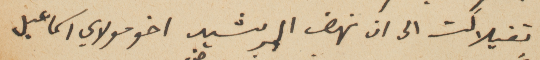
تفيلالت الى ان نهض الرشيد اخو مولاي اسماعيل